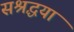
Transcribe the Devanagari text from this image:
सश्रद्धया